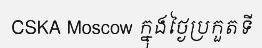
CSKA Moscow ក្នុងថ្ងៃប្រកួតទី